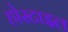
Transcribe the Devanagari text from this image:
होस्टाइल